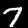
Label: 7